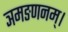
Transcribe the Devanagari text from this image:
ञमङणनम्।